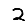
Digit: 2